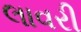
લાવરી